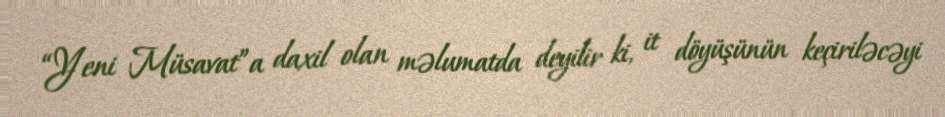
“Yeni Müsavat”a daxil olan məlumatda deyilir ki, it döyüşünün keçiriləcəyi